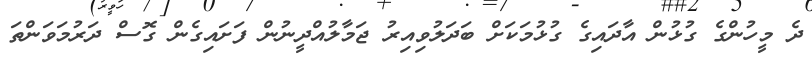
ދެ މީހުންގެ ގުޅުން އާދައިގެ ގުޅުމަކަށް ބަދަލުވިއިރު ޖަމާލުއްދީނުން ފަށައިގެން ގޮސް ދަރުމަވަންތަ